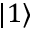
\vert 1 \rangle